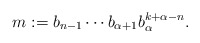
\begin{align*}m := b_{n-1} \cdots b_{\alpha+1} b_\alpha^{k+\alpha-n}.\end{align*}